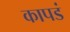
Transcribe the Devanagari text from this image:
कापडं